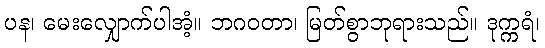
ပန၊ မေးလျှောက်ပါအံ့။ ဘဂဝတာ၊ မြတ်စွာဘုရားသည်။ ဒုက္ကရံ၊